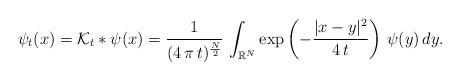
LaTeX: \begin{align*}\psi_t(x)=\mathcal{K}_t\ast \psi(x)=\frac{1}{(4\,\pi\,t)^\frac{N}{2}}\,\int_{\mathbb{R}^N} \exp\left(-\frac{|x-y|^2}{4\,t}\right)\,\psi(y)\,dy.\end{align*}